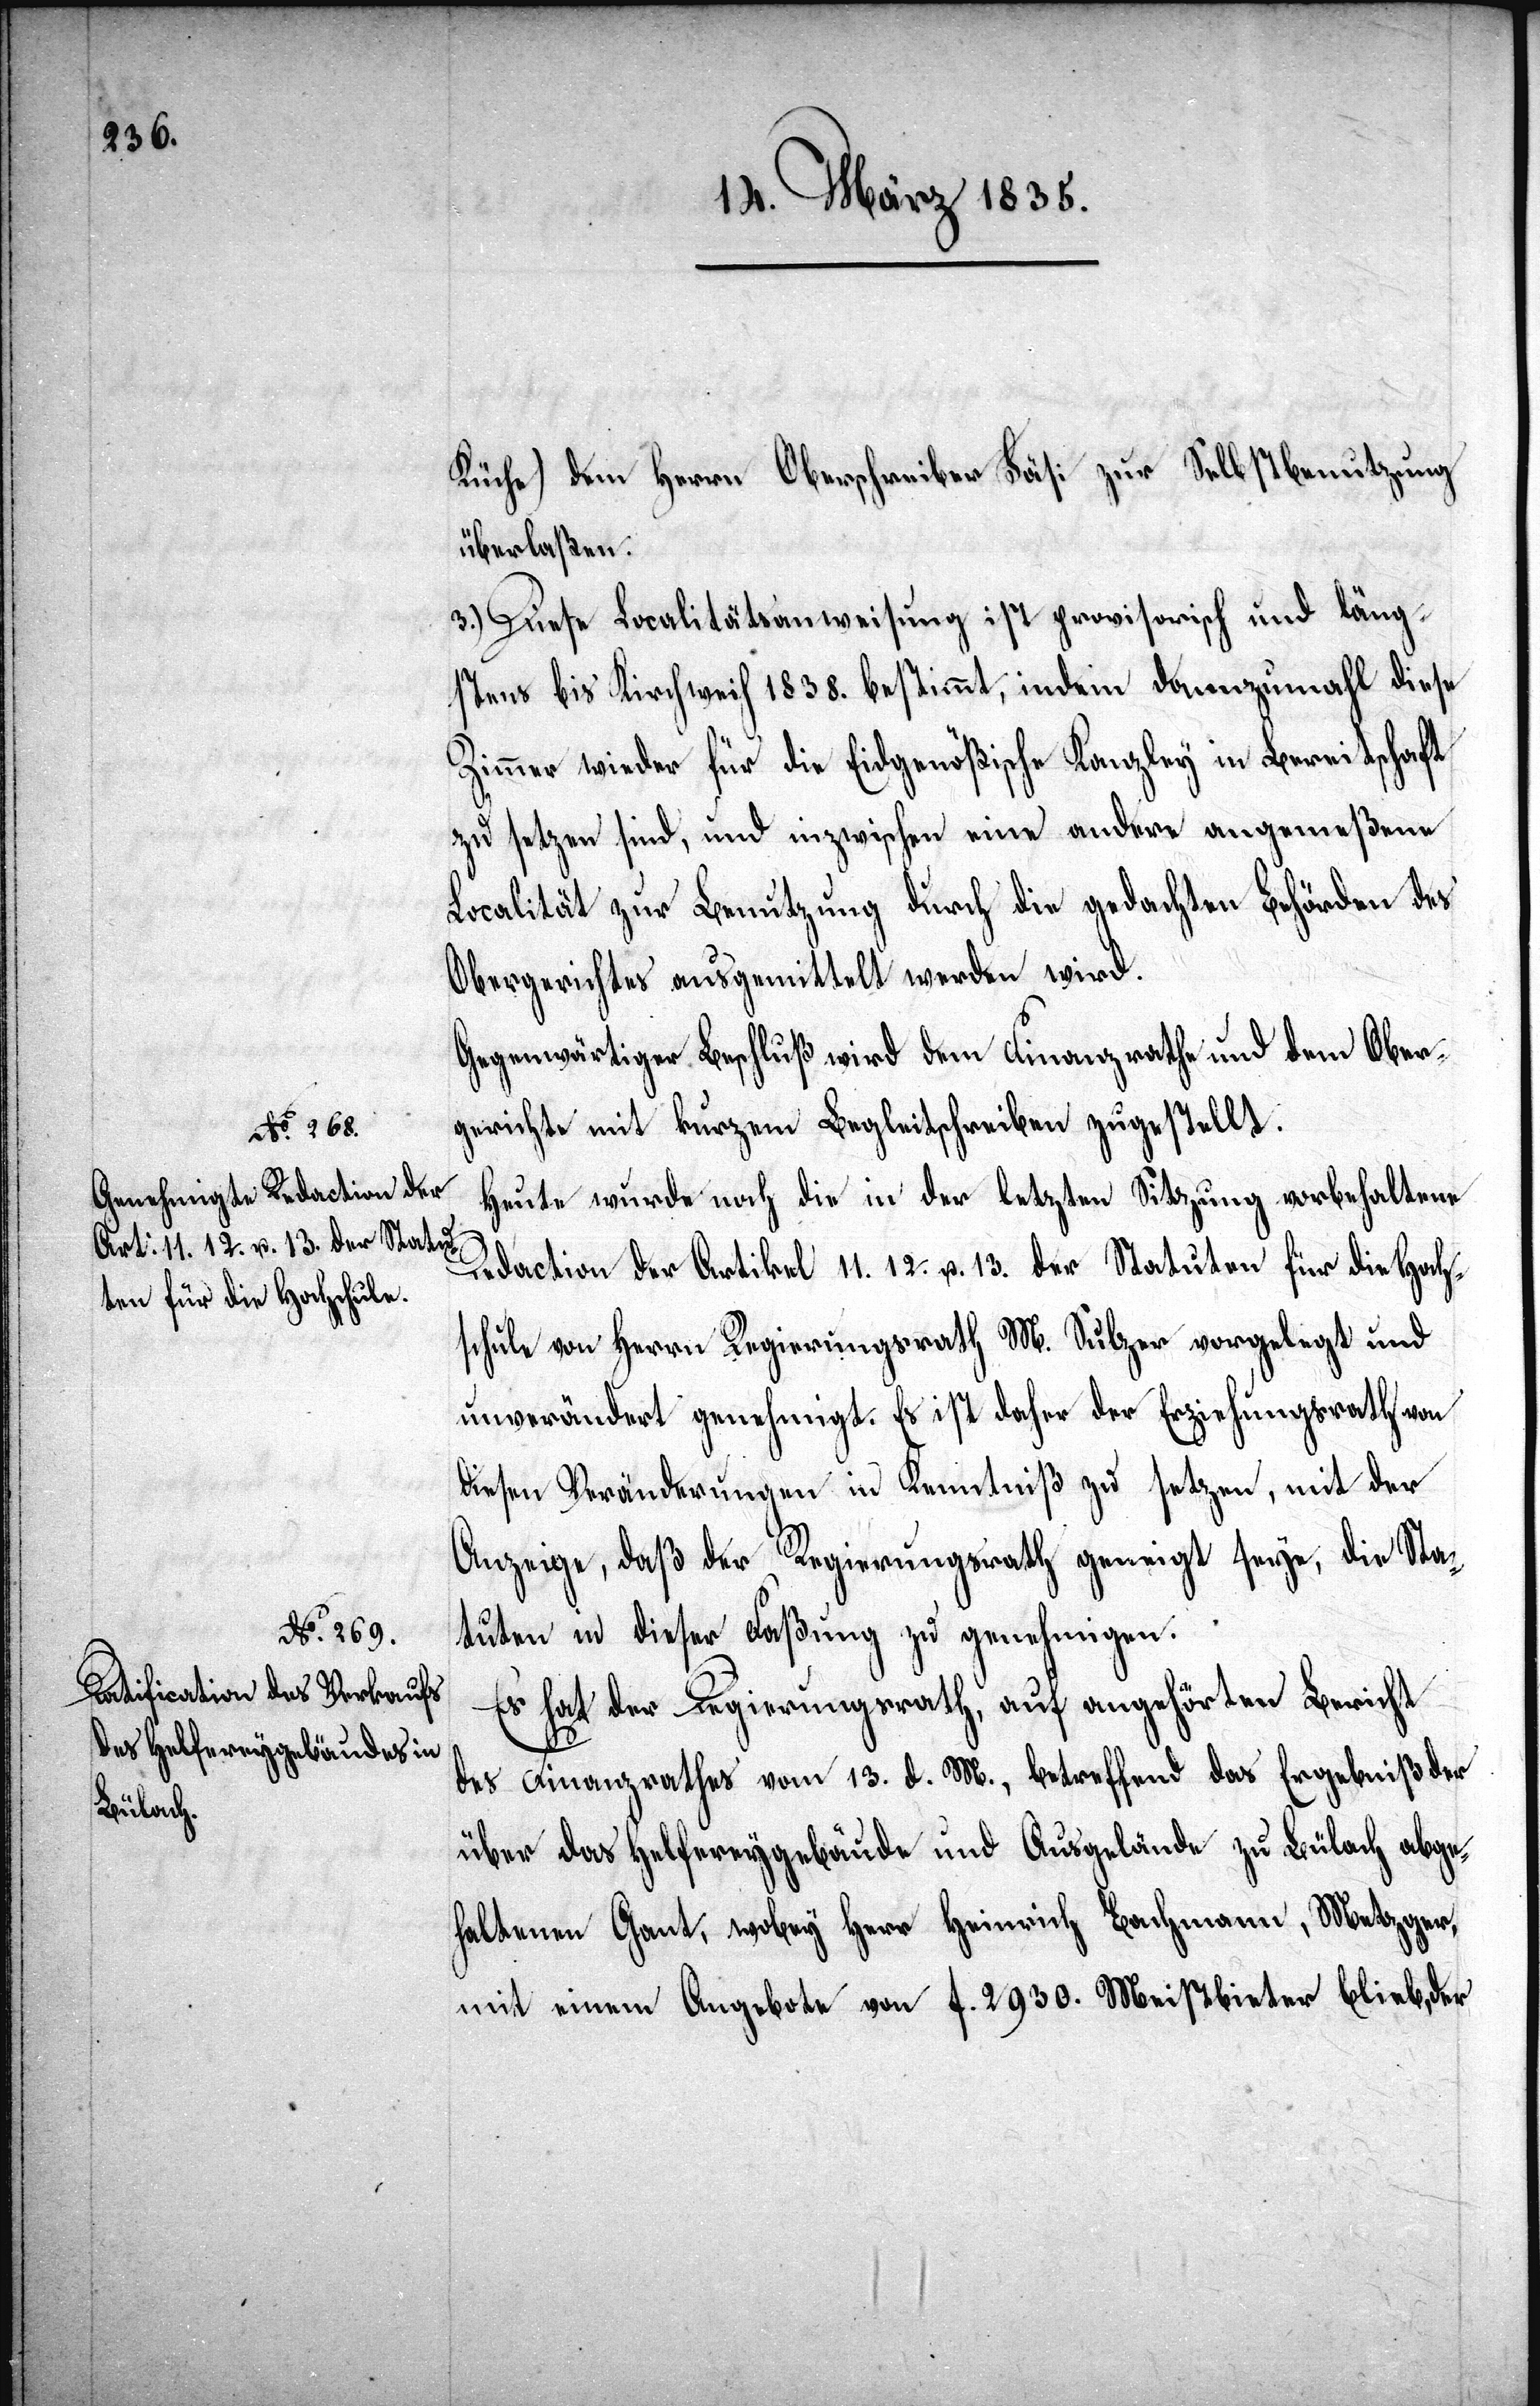
Küche) dem Herrn Oberschreiber Fäsi zur Selbstbenutzung
überlaßen.
3.) Diese Localitätsanweisung ist provisorisch und läng¬
stens bis Kirchweih 1838. bestimmt, indem dannzumahl diese
Zimmer wieder für die Eidgenößische Kanzley in Bereitschaft
zu setzen sind, und inzwischen eine andere angemeßene
Localität zur Benutzung durch die gedachten Behörden des
Obergerichtes ausgemittelt werden wird.
Gegenwärtiger Beschluß wird dem Finanzrathe und dem Ober¬
gerichte mit kurzem Begleitschreiben zugestellt.
Heute wurde noch die in der letzten Sitzung vorbehaltene
Redaction der Artikel 11. 12. u. 13. der Statuten für die Hoch¬
schule von Herrn Regierungsrath M. Sulzer vorgelegt und
unverändert genehmigt. Es ist daher der Erziehungsrath von
diesen Veränderungen in Kenntniß zu setzen, mit der
Anzeige, daß der Regierungsrath geneigt seye, die Sta¬
tuten in dieser Faßung zu genehmigen.
Es hat der Regierungsrath, auf angehörten Bericht
des Finanzrathes vom 13. d. M., betreffend das Ergebniß der
über das Helfereygebäude und Ausgelände zu Bülach abge¬
haltenen Gant, wobey Herr Heinrich Bachmann, Metzger
mit einem Angebote von f. 2930. Meistbieter blieb, der